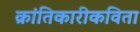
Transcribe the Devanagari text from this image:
क्रांतिकारीकविता